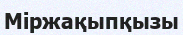
Міржақыпқызы